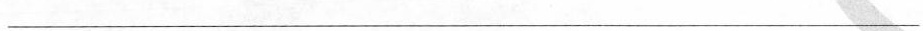
___